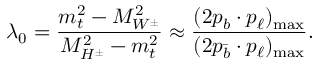
\lambda _ { 0 } = \frac { m _ { t } ^ { 2 } - M _ { W ^ { \pm } } ^ { 2 } } { M _ { H ^ { \pm } } ^ { 2 } - m _ { t } ^ { 2 } } \approx \frac { ( 2 p _ { b } \cdot p _ { \ell } ) _ { \mathrm { m a x } } } { ( 2 p _ { \bar { b } } \cdot p _ { \ell } ) _ { \mathrm { m a x } } } .